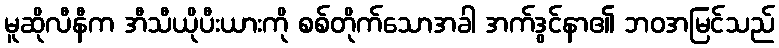
မူဆိုလီနီက အီသီယိုပီးယားကို စစ်တိုက်သောအခါ အက်ဒွင်နာ၏ ဘဝအမြင်သည်